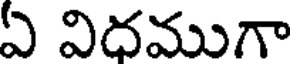
ఏ విదముగా